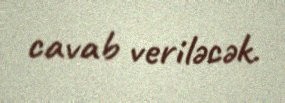
cavab veriləcək.